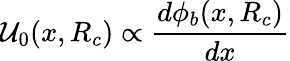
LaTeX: {\cal U}_{0}(x,R_{c})\propto\frac{d\phi_{b}(x,R_{c})}{dx}